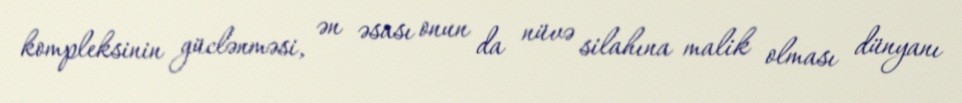
kompleksinin güclənməsi, ən əsası onun da nüvə silahına malik olması dünyanı